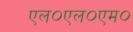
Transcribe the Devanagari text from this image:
एल०एल०एम०